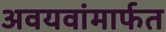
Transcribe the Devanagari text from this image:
अवयवांमार्फत